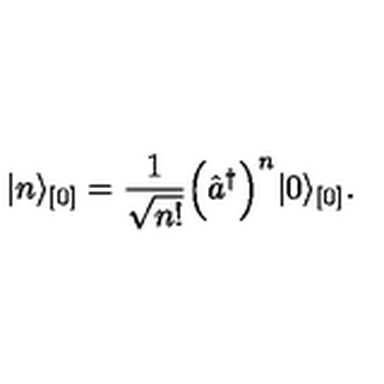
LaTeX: \vert n \rangle _ { [ 0 ] } = \frac { 1 } { \sqrt { n ! } } \Bigl ( \hat { a } ^ { \dagger } \Bigr ) ^ { n } \vert 0 \rangle _ { [ 0 ] } .